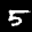
Label: 5